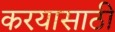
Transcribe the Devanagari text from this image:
करयासाठी